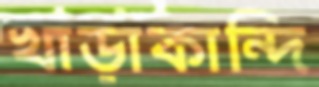
খাড়াকান্দি